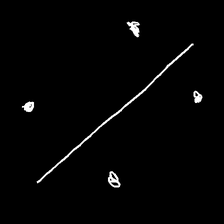
Glyph: cool